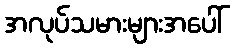
အလုပ်သမားများအပေါ်